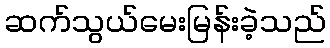
ဆက်သွယ်မေးမြန်းခဲ့သည်